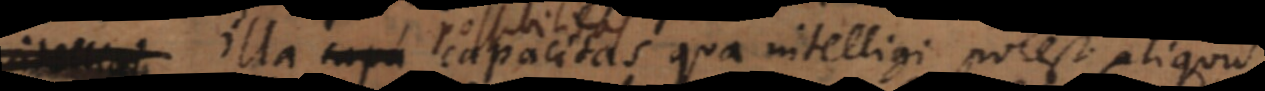
illa capacitas qua intelligi potest aliquid